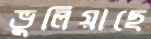
ভুলিয়াছে